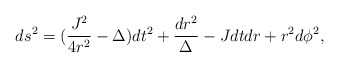
\begin{align*}ds^2=(\frac{J^2}{4r^2}-\Delta)dt^2+\frac{dr^2}{\Delta}-Jdt dr +r^2d\phi^2,\end{align*}